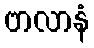
ဗာလာနံ